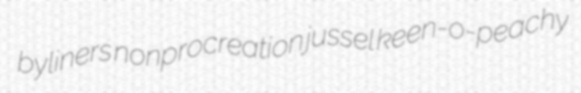
byliners nonprocreation jussel keen-o-peachy